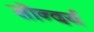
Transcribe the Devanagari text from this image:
सॊन्दर्य